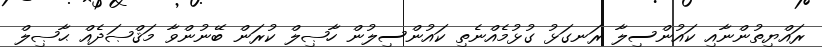
ރައްޔިތުންނާއި ކައުންސިލާ ރަނގަޅު ގުޅުމެއްނެތި ކައުންސިލުން ހާޞިލް ކުރަން ބޭނުންވާ މަޤްޞަދެއް ޙާޞިލް